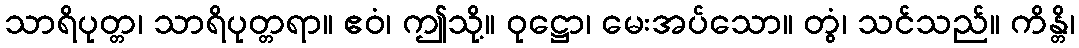
သာရိပုတ္တ၊ သာရိပုတ္တရာ။ ဧဝံ၊ ဤသို့။ ဝုဋ္ဌော၊ မေးအပ်သော။ တွံ၊ သင်သည်။ ကိန္တိ၊